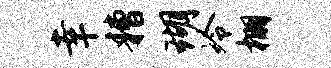
幸糟瑚冷棚